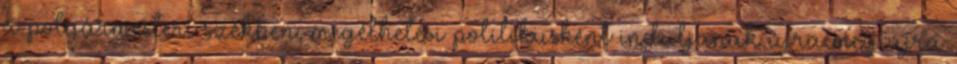
a polgármesteri székben, megélhetési politikusként induljanak újra meg újra